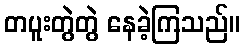
တပူးတွဲတွဲ နေခဲ့ကြသည်။